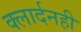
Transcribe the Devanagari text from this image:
क्लार्दनही